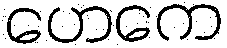
ဟေကေ